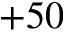
+ 5 0